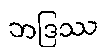
ဘဒြဿ